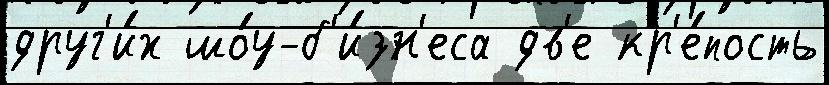
друг'и́х шо́у-б'и́зн'еса дв'е кр'е́пость